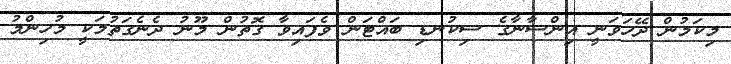
މިކަމުން ދޭހަވަނީ އިންސާނާގެ ސިކުނޑި ބައްޓަން ވެފައިވާ ގޮތުން މޫނު ދެނެގަތުމަކީ މުހިންމު